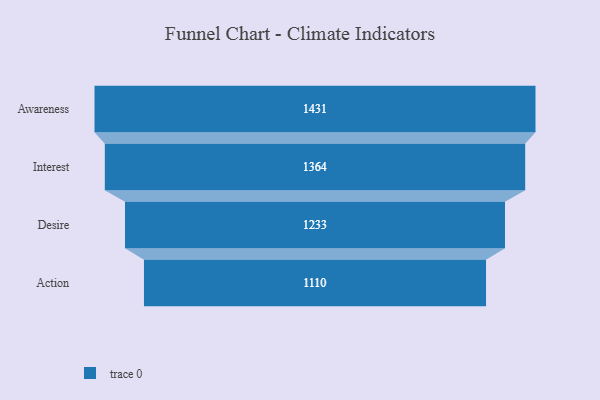
{"axis": {"x": "Stage", "y": "Value"}, "legend": [""], "data": [{"x": "Awareness", "y": 1431.0, "type": ""}, {"x": "Interest", "y": 1364.0, "type": ""}, {"x": "Desire", "y": 1233.0, "type": ""}, {"x": "Action", "y": 1110.0, "type": ""}]}